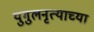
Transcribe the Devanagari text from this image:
युगुलनृत्याच्या